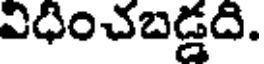
విధించబడ్డది.